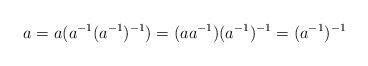
LaTeX: \begin{align*}a=a(a^{-1}(a^{-1})^{-1})=(a a^{-1})(a^{-1})^{-1}=(a^{-1})^{-1}\end{align*}